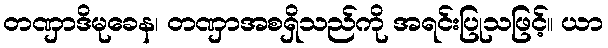
တဏှာဒိမုခေန၊ တဏှာအစရှိသည်ကို အရင်းပြုသဖြင့်။ ယာ